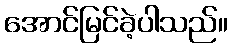
အောင်မြင်ခဲ့ပါသည်။